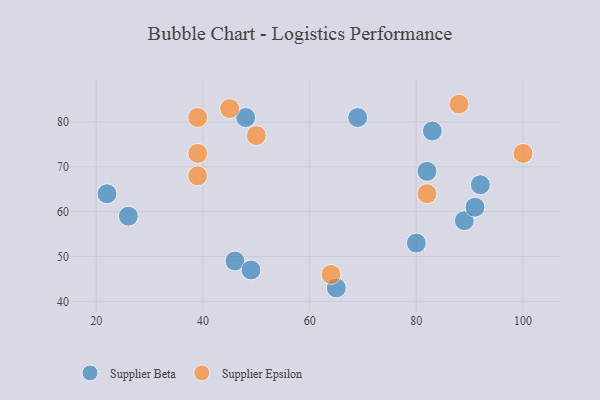
{"axis": {"x": "GDP", "y": "Life Expectancy"}, "legend": ["Supplier Beta", "Supplier Epsilon"], "data": [{"x": "22", "y": 64, "type": "Supplier Beta"}, {"x": "80", "y": 53, "type": "Supplier Beta"}, {"x": "46", "y": 49, "type": "Supplier Beta"}, {"x": "69", "y": 81, "type": "Supplier Beta"}, {"x": "92", "y": 66, "type": "Supplier Beta"}, {"x": "82", "y": 69, "type": "Supplier Beta"}, {"x": "89", "y": 58, "type": "Supplier Beta"}, {"x": "83", "y": 78, "type": "Supplier Beta"}, {"x": "48", "y": 81, "type": "Supplier Beta"}, {"x": "49", "y": 47, "type": "Supplier Beta"}, {"x": "26", "y": 59, "type": "Supplier Beta"}, {"x": "91", "y": 61, "type": "Supplier Beta"}, {"x": "65", "y": 43, "type": "Supplier Beta"}, {"x": "64", "y": 46, "type": "Supplier Epsilon"}, {"x": "45", "y": 83, "type": "Supplier Epsilon"}, {"x": "88", "y": 84, "type": "Supplier Epsilon"}, {"x": "50", "y": 77, "type": "Supplier Epsilon"}, {"x": "39", "y": 73, "type": "Supplier Epsilon"}, {"x": "100", "y": 73, "type": "Supplier Epsilon"}, {"x": "39", "y": 68, "type": "Supplier Epsilon"}, {"x": "82", "y": 64, "type": "Supplier Epsilon"}, {"x": "39", "y": 81, "type": "Supplier Epsilon"}]}